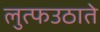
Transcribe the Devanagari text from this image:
लुत्फउठाते